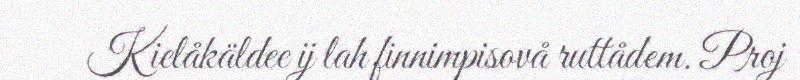
Kielåkäldee ij lah finnimpisovå ruttådem. Proj